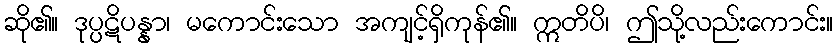
ဆို၏။ ဒုပ္ပဋိပန္နာ၊ မကောင်းသော အကျင့်ရှိကုန်၏။ ဣတိပိ၊ ဤသို့လည်းကောင်း။